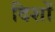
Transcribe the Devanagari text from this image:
दिशों